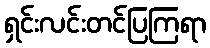
ရှင်းလင်းတင်ပြကြရာ